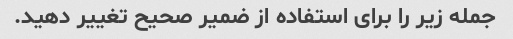
جمله زیر را برای استفاده از ضمیر صحیح تغییر دهید.